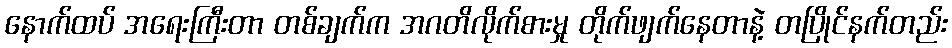
နောက်ထပ် အရေးကြီးတာ တစ်ချက်က အဂတိလိုက်စားမှု တိုက်ဖျက်နေတာနဲ့ တပြိုင်နက်တည်း